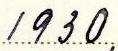
1930